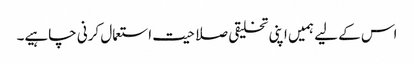
اس کے لیے ہمیں اپنی تخلیقی صلاحیت استعمال کرنی چاہیے۔